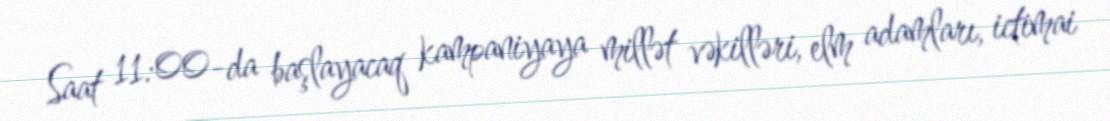
Saat 11:00-da başlayacaq kampaniyaya millət vəkilləri, elm adamları, ictimai